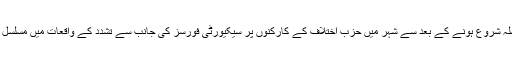
مظاہروں کا سلسلہ شروع ہونے کے بعد سے شہر میں حزب اختلاف کے کارکنوں پر سیکیورٹی فورسز کی جانب سے تشدد کے واقعات میں مسلسل اضافہ ہورہاہے۔